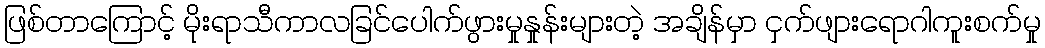
ဖြစ်တာကြောင့် မိုးရာသီကာလခြင်ပေါက်ဖွားမှုနှုန်းများတဲ့ အချိန်မှာ ငှက်ဖျားရောဂါကူးစက်မှု